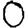
Digit: 0